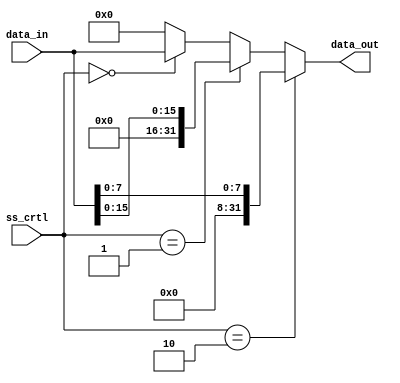
module store_size(
  input wire[1:0] ss_crtl,
  input wire[31:0] data_in,
  // input wire[31:0] mem_data,
  output wire[31:0] data_out
);
  wire[31:0] mux_w1, mux_w2;

  // foi percebido que no precisavamos do mem_data e implementamos igual o load_size
  // O codigo antigo foi comentado caso precisarmos dele no futuro
  
  // assign mux_w1 = ss_crtl[0] ? {mem_data[31:16], data_in[15:0]} : data_in; // 01 e 00
  // assign mux_w2 = ss_crtl[0] ? 32'b0 : {mem_data[31:8], data_in[7:0]};  // 11 e 10
  // assign data_out = ss_crtl[1] ? mux_w2 : mux_w1;

  assign data_out = (ss_crtl == 2'b10) ? {24'b0, data_in[7:0]}               :
                    (ss_crtl == 2'b01) ? {16'b0, data_in[15:0]}              :
                    (ss_crtl == 2'b00) ? data_in                             :
                    32'b0;

endmodule